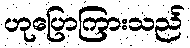
ဟုပြောကြားသည်